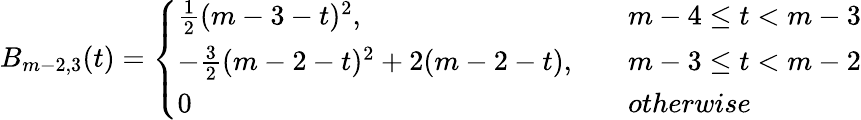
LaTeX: B_{m-2,3}(t)=\left\{ \begin{array}{ll}{\frac{1}{2}(m-3-t)^{2},\quad}&{m-4\leq t<m-3}\\ {-\frac{3}{2}(m-2-t)^{2}+2(m-2-t),\quad}&{m-3\leq t<m-2}\\ {0\quad}&{otherwise}\end{array}\right.